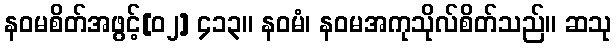
နဝမစိတ်အဖွင့်[၀၂] ၄၁၃။ နဝမံ၊ နဝမအကုသိုလ်စိတ်သည်။ ဆသု